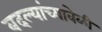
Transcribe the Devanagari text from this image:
बदल्यांच्यावेळी